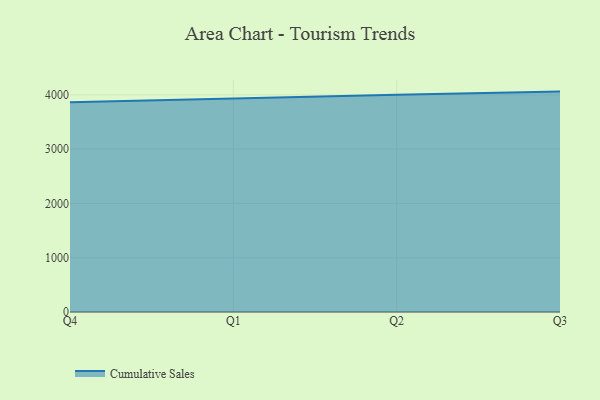
{"axis": {"x": "Quarter", "y": "Revenue (USD Million)"}, "legend": ["Cumulative Sales"], "data": [{"x": "Q4", "y": 3865.3, "type": "Cumulative Sales"}, {"x": "Q1", "y": 3941.5, "type": "Cumulative Sales"}, {"x": "Q2", "y": 4004.7, "type": "Cumulative Sales"}, {"x": "Q3", "y": 4060.8, "type": "Cumulative Sales"}]}